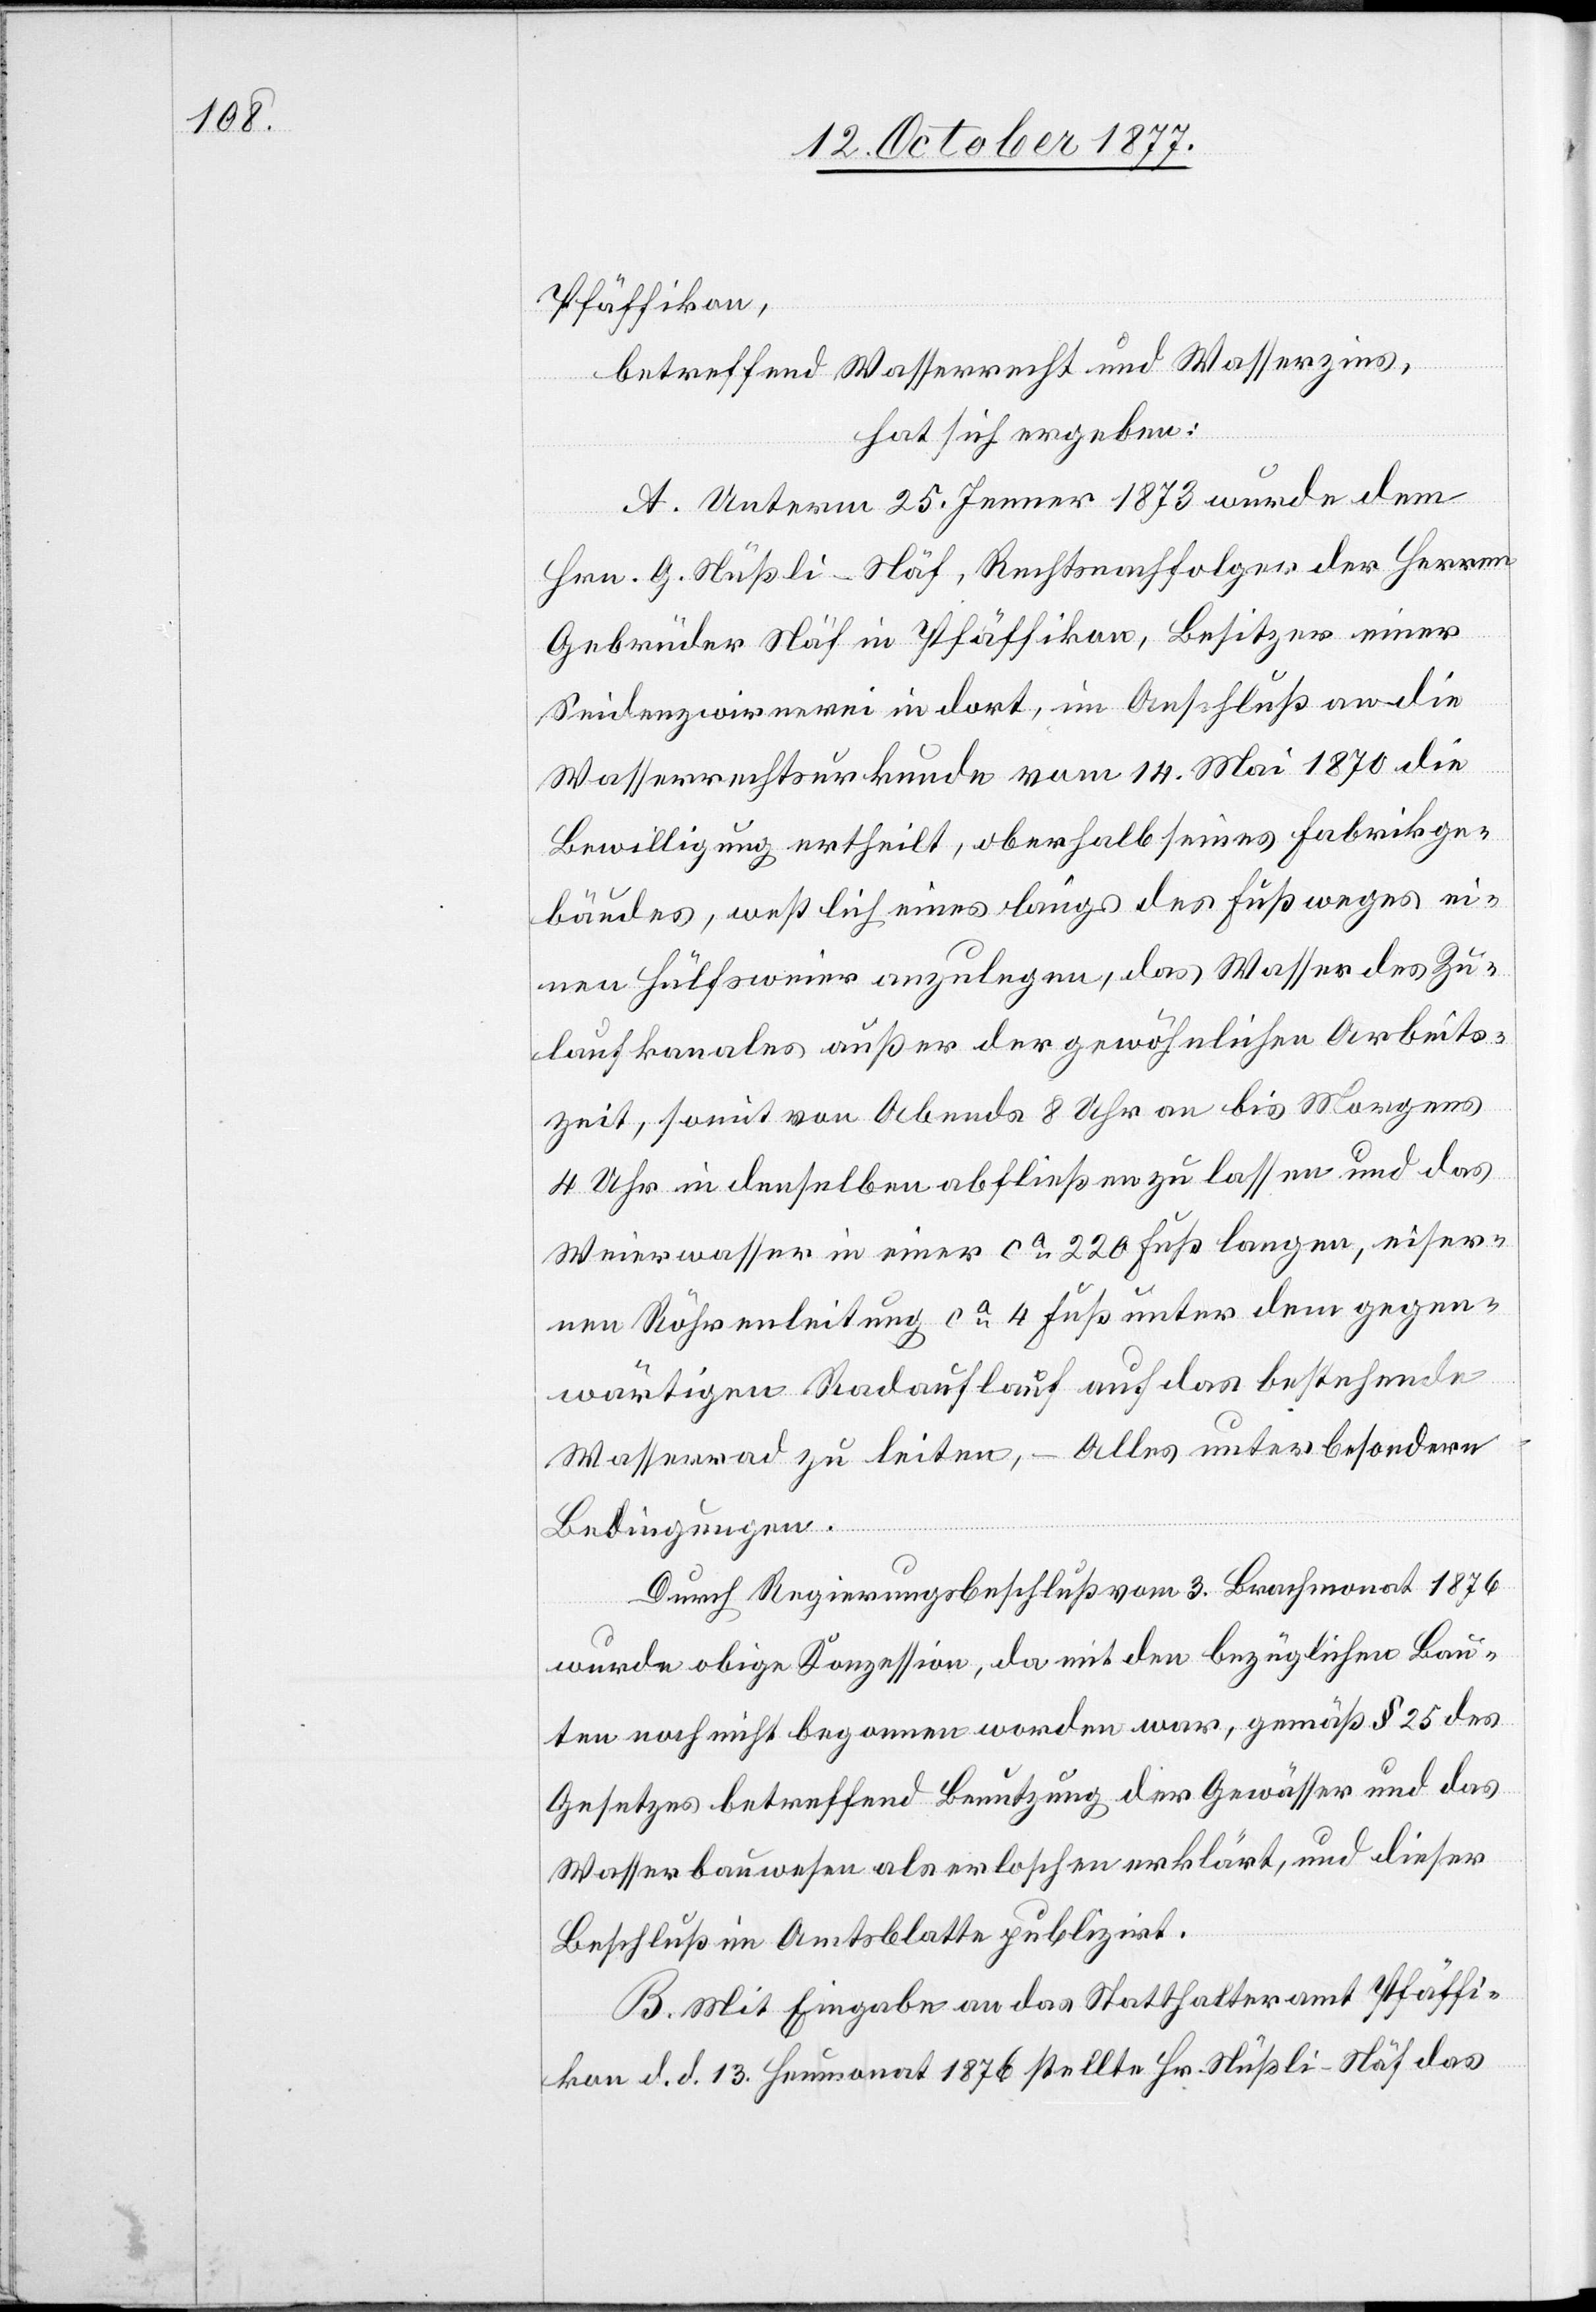
Pfäffikon,
betreffend Wasserrecht und Wasserzins,
hat sich ergeben:
A. Unterm 25. Jenner 1873 wurde dem
Hrn. G. Nüßli-Näf, Rechtsnachfolger der Herren
Gebrüder Näf in Pfäffikon, Besitzer einer
Seidenzwirnerei in dort, im Anschluß an die
Wasserrechtsurkunde vom 14. Mai 1870 die
Bewilligung ertheilt, oberhalb seines Fabrikge¬
bäudes, westlich eines längs des Fußweges ei¬
nen Hülfsweier anzulegen, das Wasser des Zu¬
laufkanales außer der gewöhnlichen Arbeits¬
zeit, somit von Abends 8 Uhr an bis Morgens
4 Uhr in denselben abfließen zu lassen und das
Weierwasser in einer ca 220 Fuß langen, eiser¬
nen Röhrenleitung ca 4 Fuß unter dem gegen¬
wärtigen Radauflauf auf das bestehende
Wasserrad zu leiten, – Alles unter besondern
Bedingungen.
Durch Regierungsbeschluß vom 3. Brachmonat 1876
wurde obige Konzession, da mit den bezüglichen Bau¬
ten noch nicht begonnen worden war, gemäß § 25 des
Gesetzes betreffend Benutzung der Gewässer und das
Wasserbauwesen als erloschen erklärt, und dieser
Beschluß im Amtsblatte publizirt.
B. Mit Eingabe an das Statthalteramt Pfäffi¬
kon d. d. 13. Heumonat 1876 stellte Hr. Nüßli-Näf das